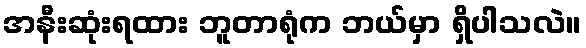
အနီးဆုံးရထား ဘူတာရုံက ဘယ်မှာ ရှိပါသလဲ။